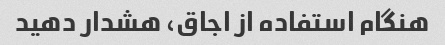
هنگام استفاده از اجاق، هشدار دهید